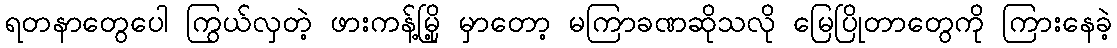
ရတနာတွေပေါ ကြွယ်လှတဲ့ ဖားကန့်မြို့ မှာတော့ မကြာခဏဆိုသလို မြေပြိုတာတွေကို ကြားနေခဲ့